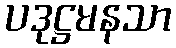
ပဒုဋ္ဌမနသာ